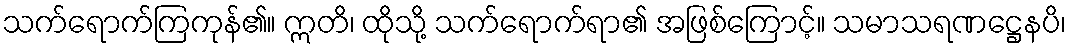
သက်ရောက်ကြကုန်၏။ ဣတိ၊ ထိုသို့ သက်ရောက်ရာ၏ အဖြစ်ကြောင့်။ သမာသရဏဋ္ဌေနပိ၊